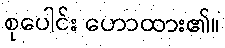
စုပေါင်း ဟောထား၏။